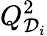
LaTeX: Q_{\mathcal{D}_{i}}^{2}